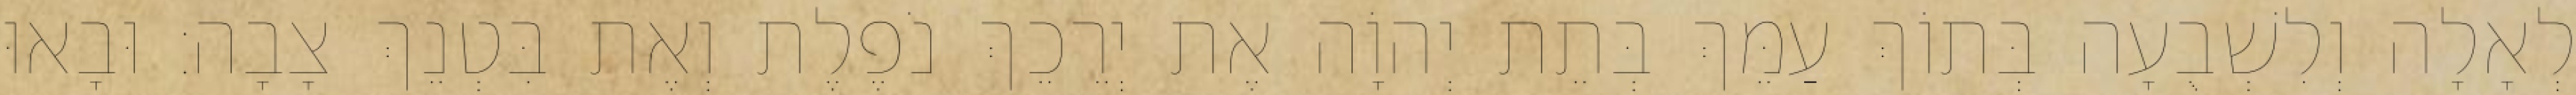
לְאָלָה וְלִשְׁבֻעָה בְּתוֹךְ עַמֵּךְ בְּתֵת יְהוָֹה אֶת יְרֵכֵךְ נֹפֶלֶת וְאֶת בִּטְנֵךְ צָבָה׃ וּבָאוּ